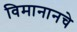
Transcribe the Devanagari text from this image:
विमानानचे